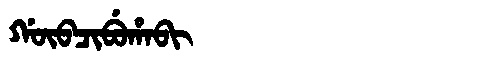
Manchu: ᡤᡡᠪᠴᡳᠪᡠᡥᠠᠪᡳ
Romanization: GŪBCIBUHABI